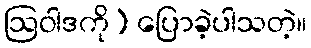
ဩဝါဒကို) ပြောခဲ့ပါသတဲ့။